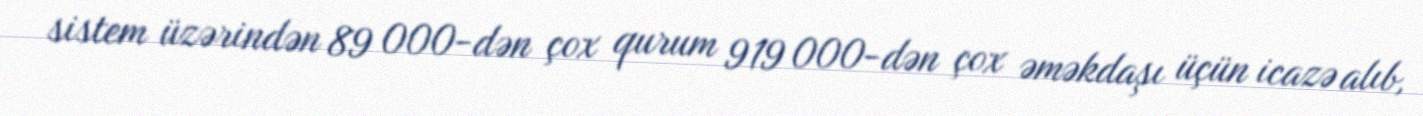
sistem üzərindən 89 000-dən çox qurum 919 000-dən çox əməkdaşı üçün icazə alıb,